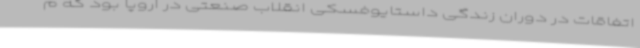
اتفاقات در دوران زندگی داستایوفسکی انقلاب صنعتی در اروپا بود که م